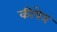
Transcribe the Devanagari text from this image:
कीयेव